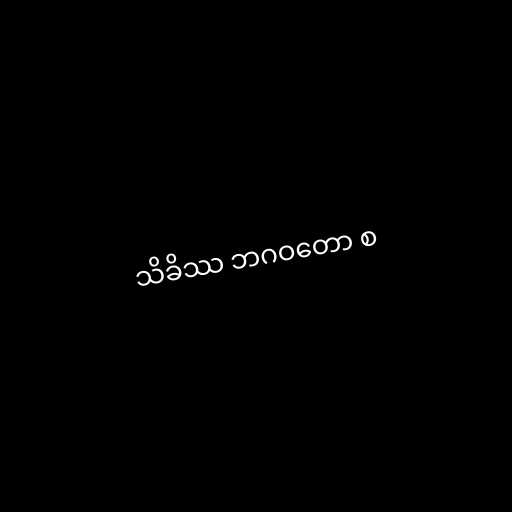
သိခိဿ ဘဂဝတော စ